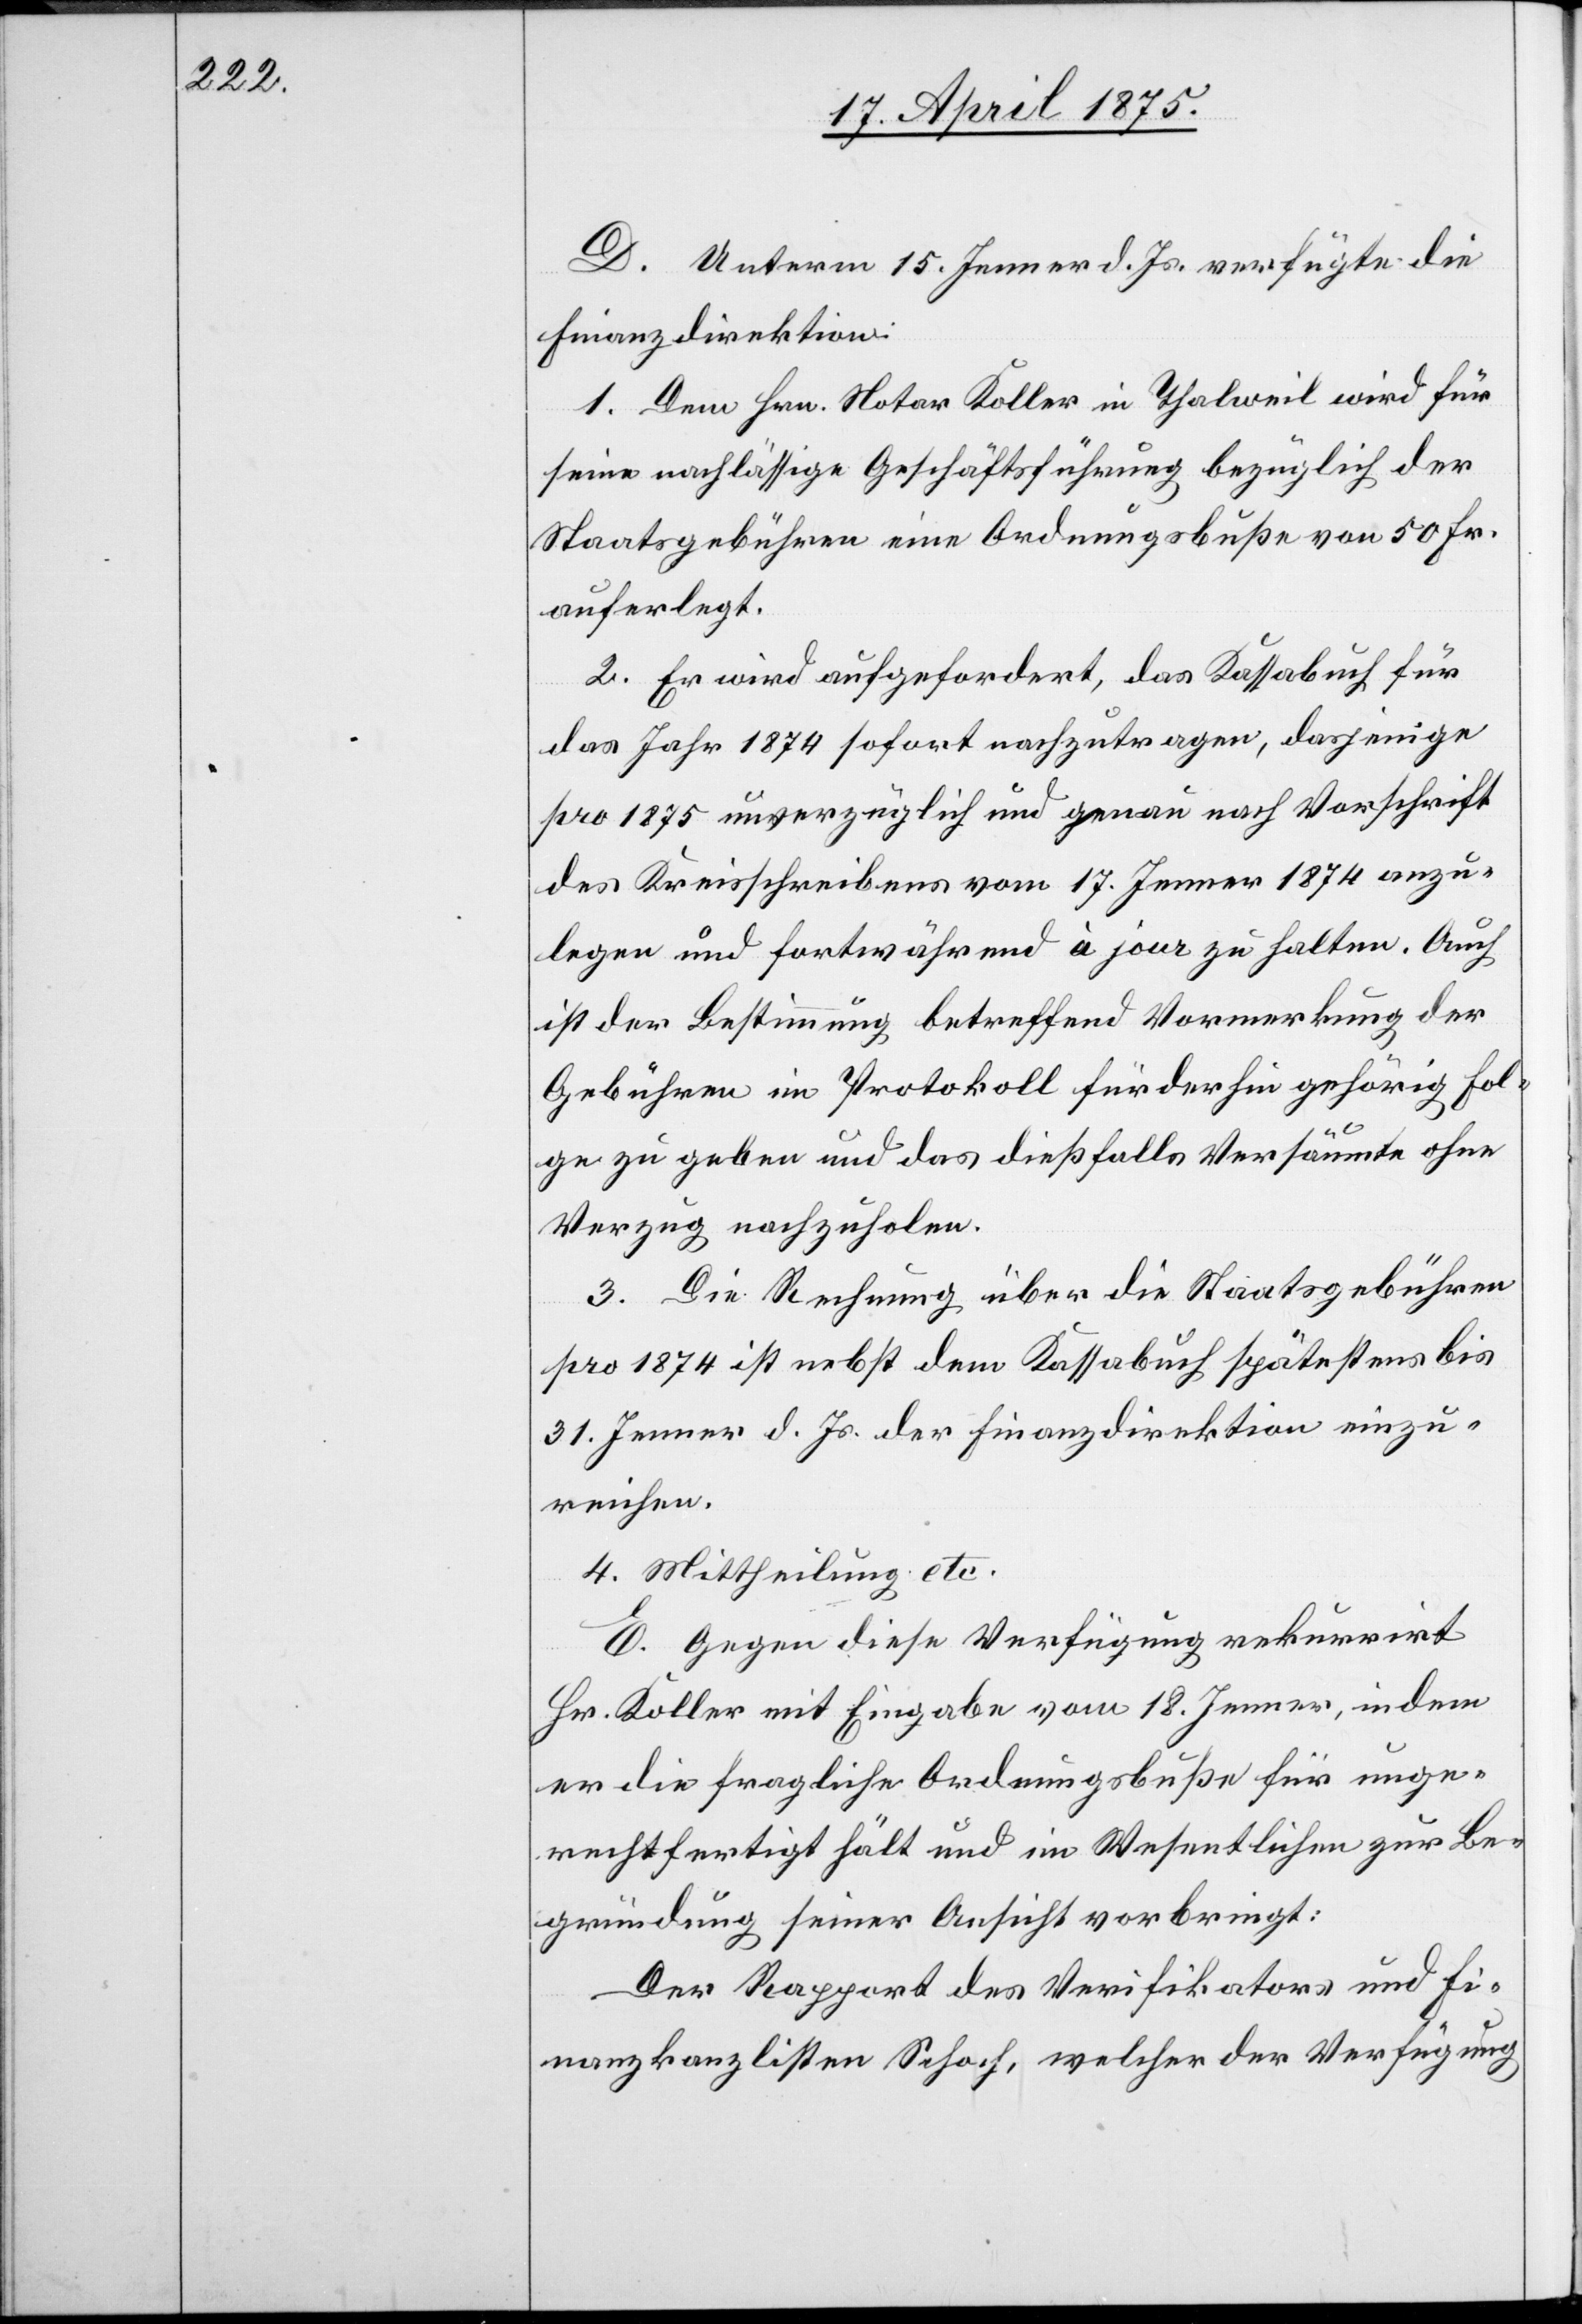
D. Unterm 15. Jenner d. Js. verfügte die
Finanzdirektion:
1. Dem Hrn. Notar Koller in Thalweil wird für
seine nachlässige Geschäftsführung bezüglich der
Staatsgebühren eine Ordnungsbuße von 50 Fr.
auferlegt.
2. Er wird aufgefordert, das Kassabuch für
das Jahr 1874 sofort nachzutragen, dasjenige
pro 1875 unverzüglich und genau nach Vorschrift
des Kreisschreibens vom 17. Jenner 1874 anzu¬
legen und fortwährend und à jour zu halten. Auch
ist der Bestimmung betreffend Vormerkung der
Gebühren im Protokoll fürderhin gehörig Fol¬
ge zu geben und das dießfalls Versäumte ohne
Verzug nachzuholen.
3. Die Rechnung über die Staatsgebühren
pro 1874 ist nebst dem Kassabuch spätestens bis
31. Jenner d. Js. der Finanzdirektion einzu¬
reichen.
4. Mittheilung etc.
E. Gegen diese Verfügung rekurrirt
Hr. Koller mit Eingabe vom 18. Jenner, indem
er die fragliche Ordnungsbuße für unge¬
rechtfertigt hält und im Wesentlichen zur Be¬
gründung seiner Ansicht vorbringt:
Der Rapport des Verifikators und Fi¬
nanzkanzlisten Schoch, welcher der Verfügung